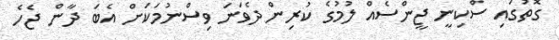
ގޮތުގައި ސްކިނީ ޖީންސެއް ލުމުގެ ކުރިން ދެވަނަ ވިސްނުމަކަށް އެބަ ދާން ޖެހެ